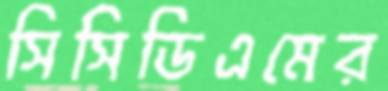
সিসিডিএমের